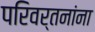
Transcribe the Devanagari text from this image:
परिवर्तनांना